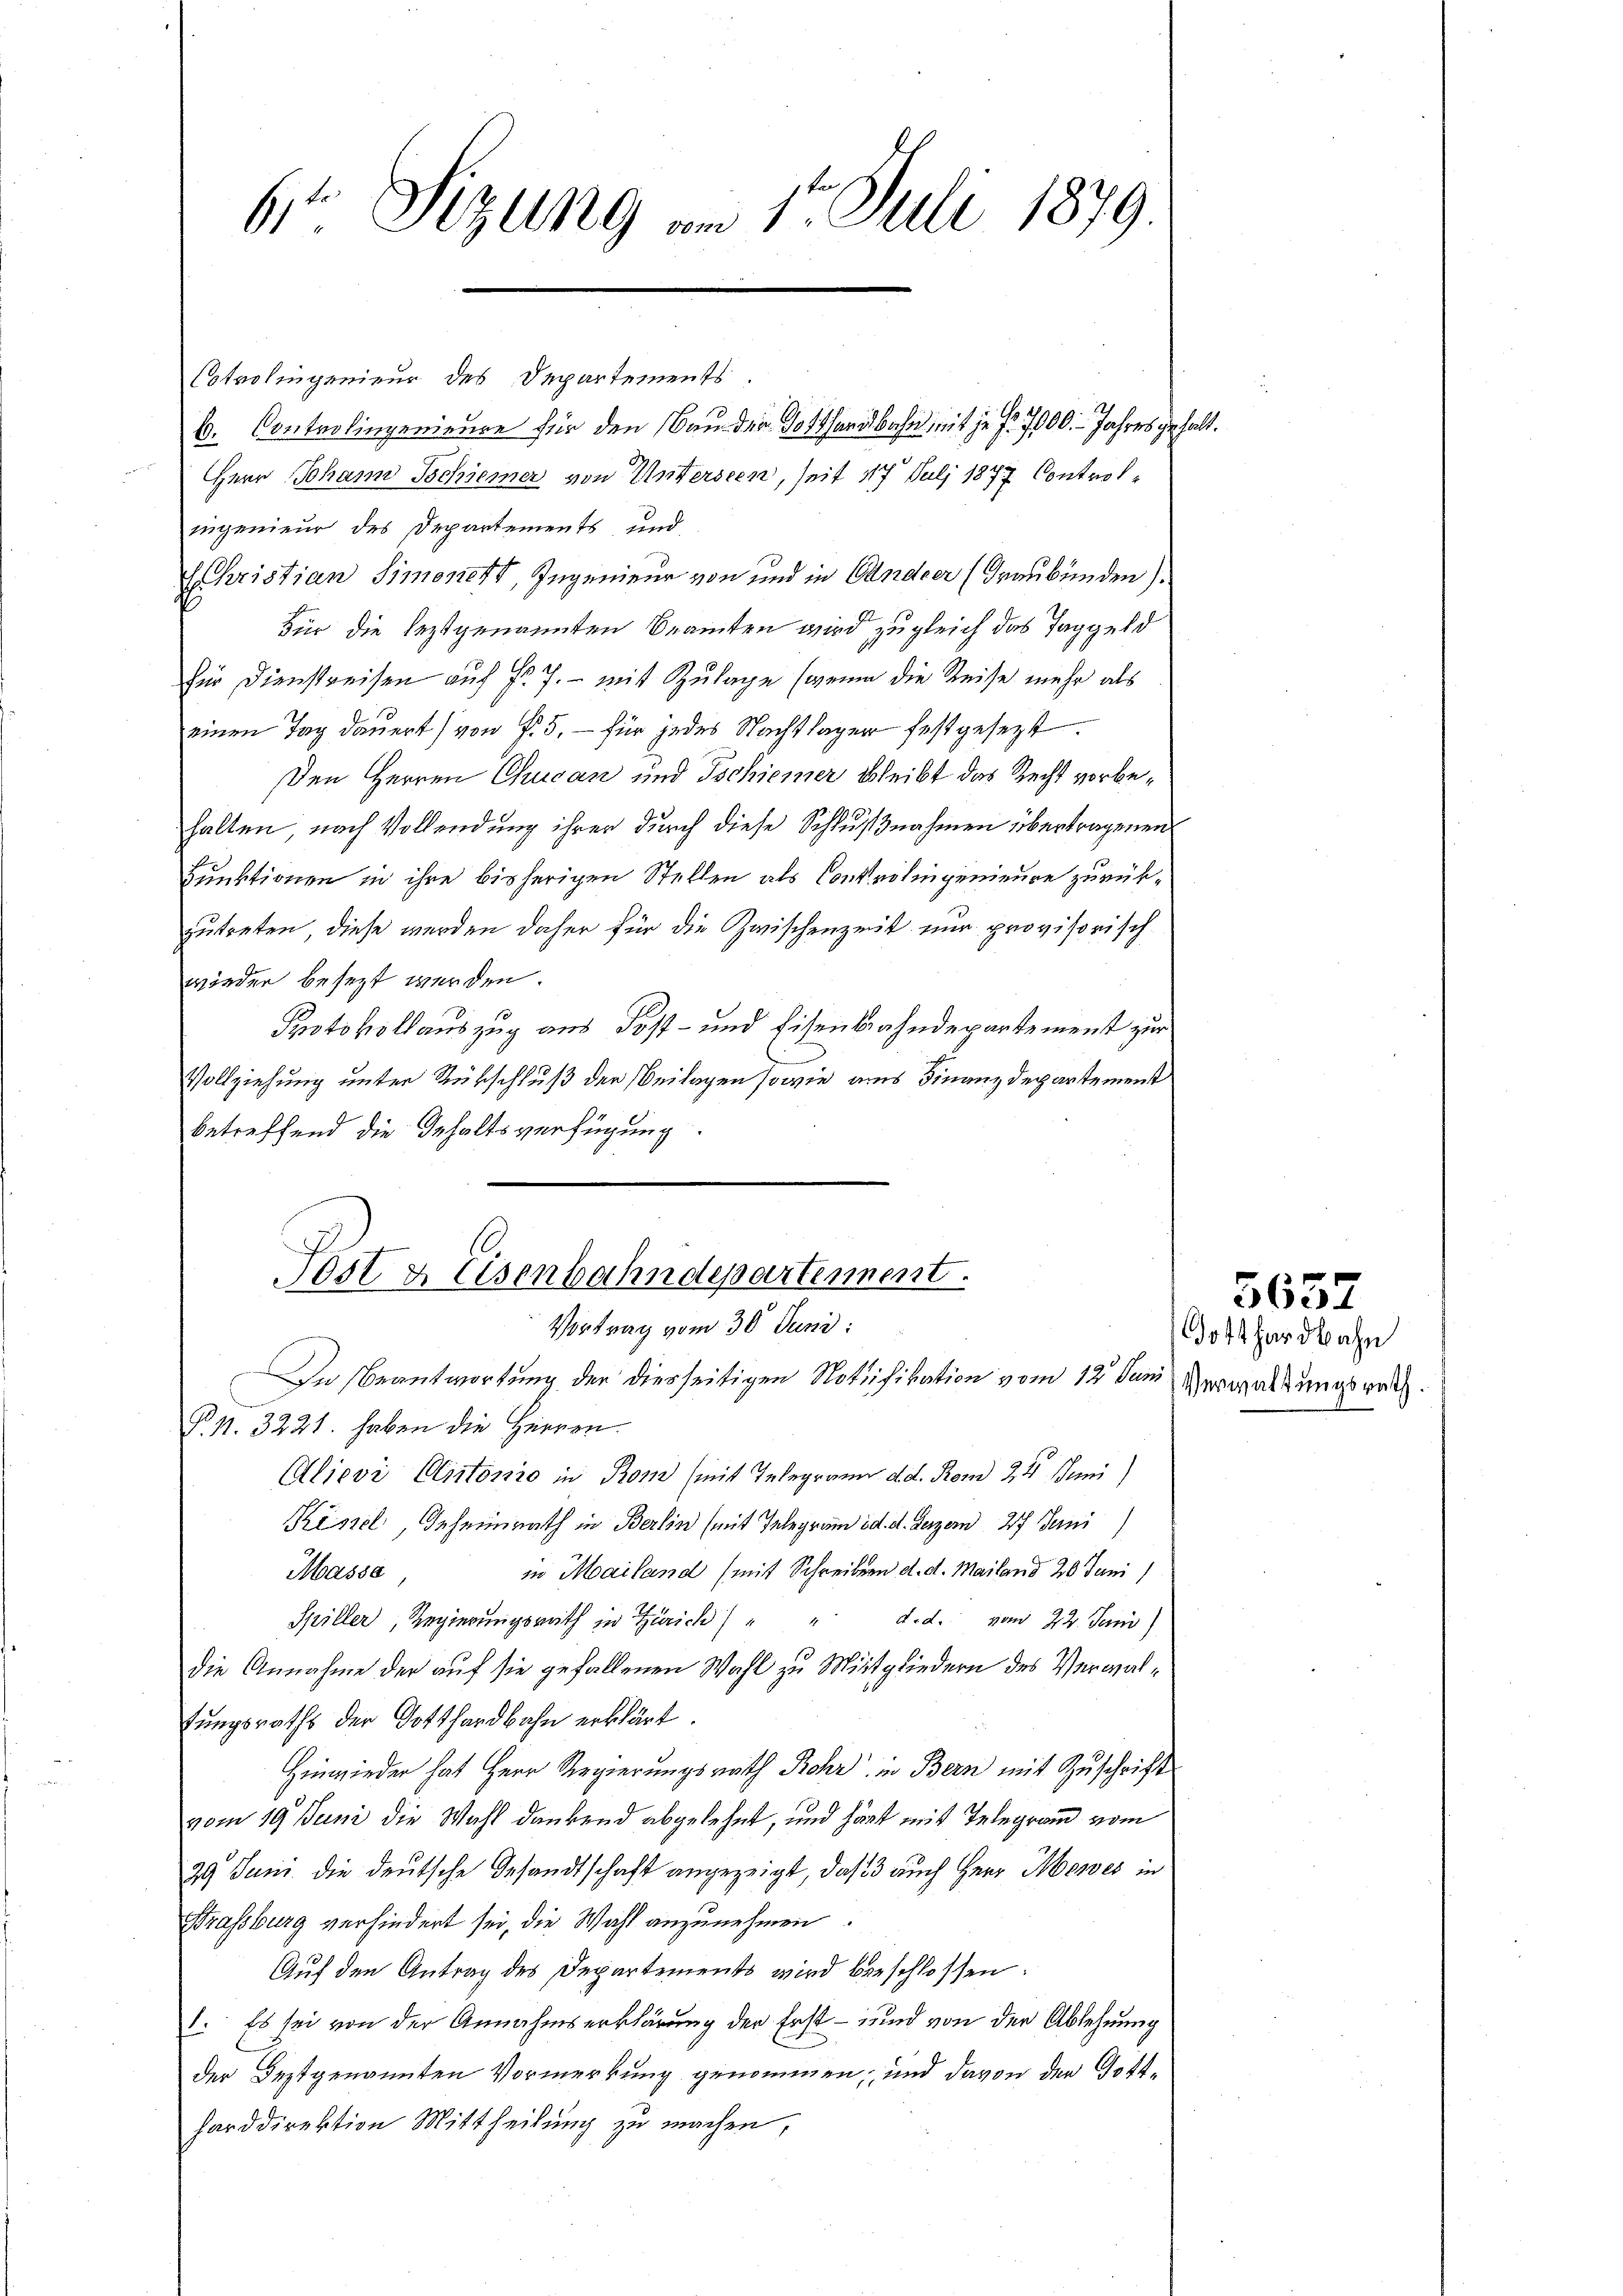
6 Sizung am 1. Juli 1879.

b. Controlingenieure für den Bau der Dotthardbahn mit je fr. 7000. - Jahres gehalt.
Herr Johann Tschiener von Untersten, seit 17 Juli 1877 Controlingenieur des Departements, und
EChristian Simonett, Ingenieur von und in Candier (Graubünden).
Für die leztgenannten Beamten wird zugleich das Taggeld
für Dienstreisen auf Fr. 7. - mit Zulage (wenn die Reise mehr als
einen Tag dauert (von §. 5.- für jedes Nachtlager festgesezt.
Den Herren Chucan und Tschiener bleibt das Recht vorbehalten nach Vollendung ihrer durch diese Schlußnahmen übertragenen
uptionen in ihre bisherigen Stellen als Controlingenieure zurükzutreten, diese werden daher für die Zwischenzeit nur provisorisch
wieder besezt werden.
Protokollauszug aus Post- und Eisenbahndepartement zur
Vollziehung unter Rükschluß der Beilagen sowie aus Finanzdepartement
betreffend die Gehaltsverfügung.
Post & Eisenbahndepartement.
Vortrag vom 30. Juni:
In Beantwortung der diesseitigen Notifikation vom 12. Juni
N. N. 3221. haben die Herren
Alievi Certonio in Rom (mit Telegramm d. d. Rom 24. Juni
Kessel Geheimrath in Berlin (mit Telegram od. d. Derzen 27 Berni
in Mailand (mit Schreiben d. d. Mailand 20 Juni
Masse
Spiller, Regierungsrath in Zürich
d. d. vom 22. Jeni)
die Annahme der auf sie gefallenen Wahl zu Mitgliedern des Verwaltungsraths der Gotthardbahn erklärt.
Hinwieder hat Herr Regierungsrath Rohr in Bern mit Zuschrift
vom 19. Juni die Wahl dankend abgelehnt, und hat mit Telegramm vom
29 Juni die deutsche Gesandtschaft angezeigt, daß 3 auch Herr Meies in
Krassburg verhindert sei, die Wahl anzunehmen
Auf den Antrag des Departements wird beschlossen:
1. Es sei von der Annahmserklärung der Erst – und von der Ablehnung
der Beztgenannten Vormerkung genommen, und davon der Gottfarddirektion Mittheilung zu machen,

Optrolingenieur des Departements

Gotthardbahn
Verwaltungsrath.

5657